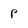
Character: p